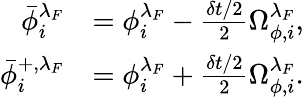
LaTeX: \begin{array}{rl}{\bar{\phi}_{i}^{\lambda_{F}}}&{={\phi}_{i}^{\lambda_{F}}-\frac{\delta t/2}{2}\Omega_{\phi,i}^{\lambda_{F}},}\\ {\bar{\phi}_{i}^{+,\lambda_{F}}}&{={\phi}_{i}^{\lambda_{F}}+\frac{\delta t/2}{2}\Omega_{\phi,i}^{\lambda_{F}}.}\end{array}